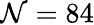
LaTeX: \mathcal{N}=84